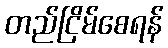
တည်ငြိမ်စေရန်